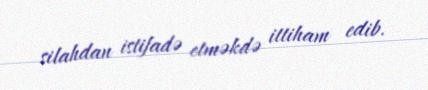
silahdan istifadə etməkdə ittiham edib.